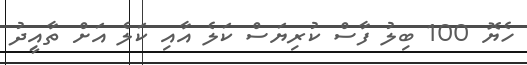
ހެޔޮ 100 ބިލު ފާސް ކުރިޔަަސް ކަލެ އާއި ކަލެ އަށް ތާއިީދު